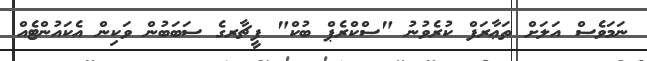
ނަމަވެސް އަލަށް ތަޢާރަފް ކުރެވުނު "ސްކްރެޕް ބުކް" ފީޗާރގެ ސަބަބުން ވަކިން އެކައުންޓެއް